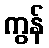
ကွန်